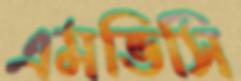
এমভিসি